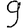
Digit: 9